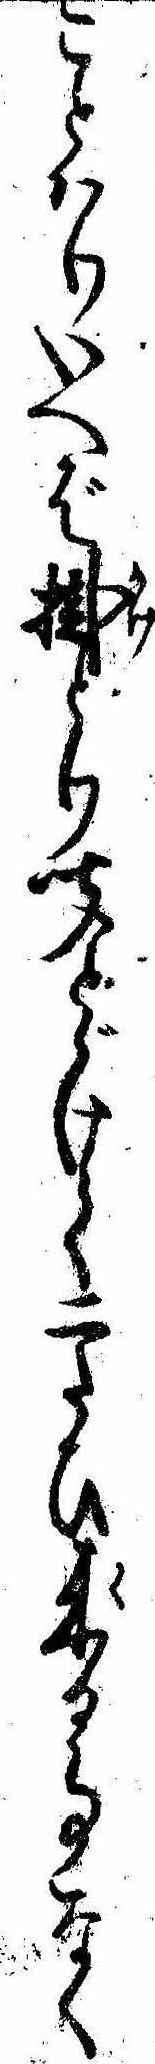
ことはりいへば掛とり聞とゞけて二たひ来る事なく